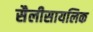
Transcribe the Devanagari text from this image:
सैलीसायलिक